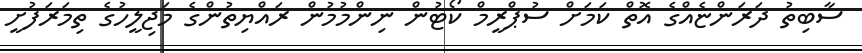
ސާބިތު ދަރަންޏެއްގެ އޮތް ކަމަށް ސުޕްރީމް ކޯޓުން ނިންމުމުން ރައްޔިތުންގެ މަޖިލީހުގެ ތިމަރަފުށީ